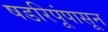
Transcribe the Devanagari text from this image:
षडरिपूंपासून